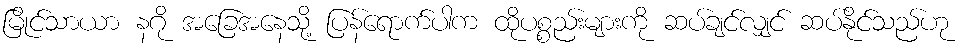
မြိုင်သာယာ နဂို အခြေအနေသို့ ပြန်ရောက်ပါက ထိုပစ္စည်းများကို ဆပ်ချင်လျှင် ဆပ်နိုင်သည်ဟု